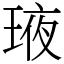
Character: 𤥿